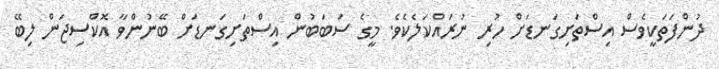
ދުންފަތަކީވެސް އިސްތަށިގަނޑަށް ހުރި ނުރައްކަލެކެވެ. މީގެ ސަބަބުން އިސްތަށިގަނޑަށް ބޭނުންވާ އޮކްސިޖަން ލިބޭ